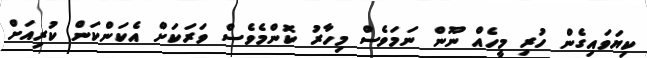
ކިޔަވައިގެން ހުރި މީހެއް ނޫން ނަމަވެސް މިހާރު ކޮންމެވެސް ވަރަކަށް އެކަންކަން ކުރިއަށް